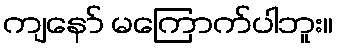
ကျနော် မကြောက်ပါဘူး။